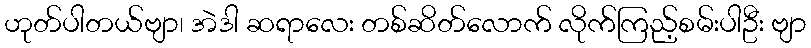
ဟုတ်ပါတယ်ဗျာ၊ အဲဒါ ဆရာလေး တစ်ဆိတ်လောက် လိုက်ကြည့်စမ်းပါဦး ဗျာ